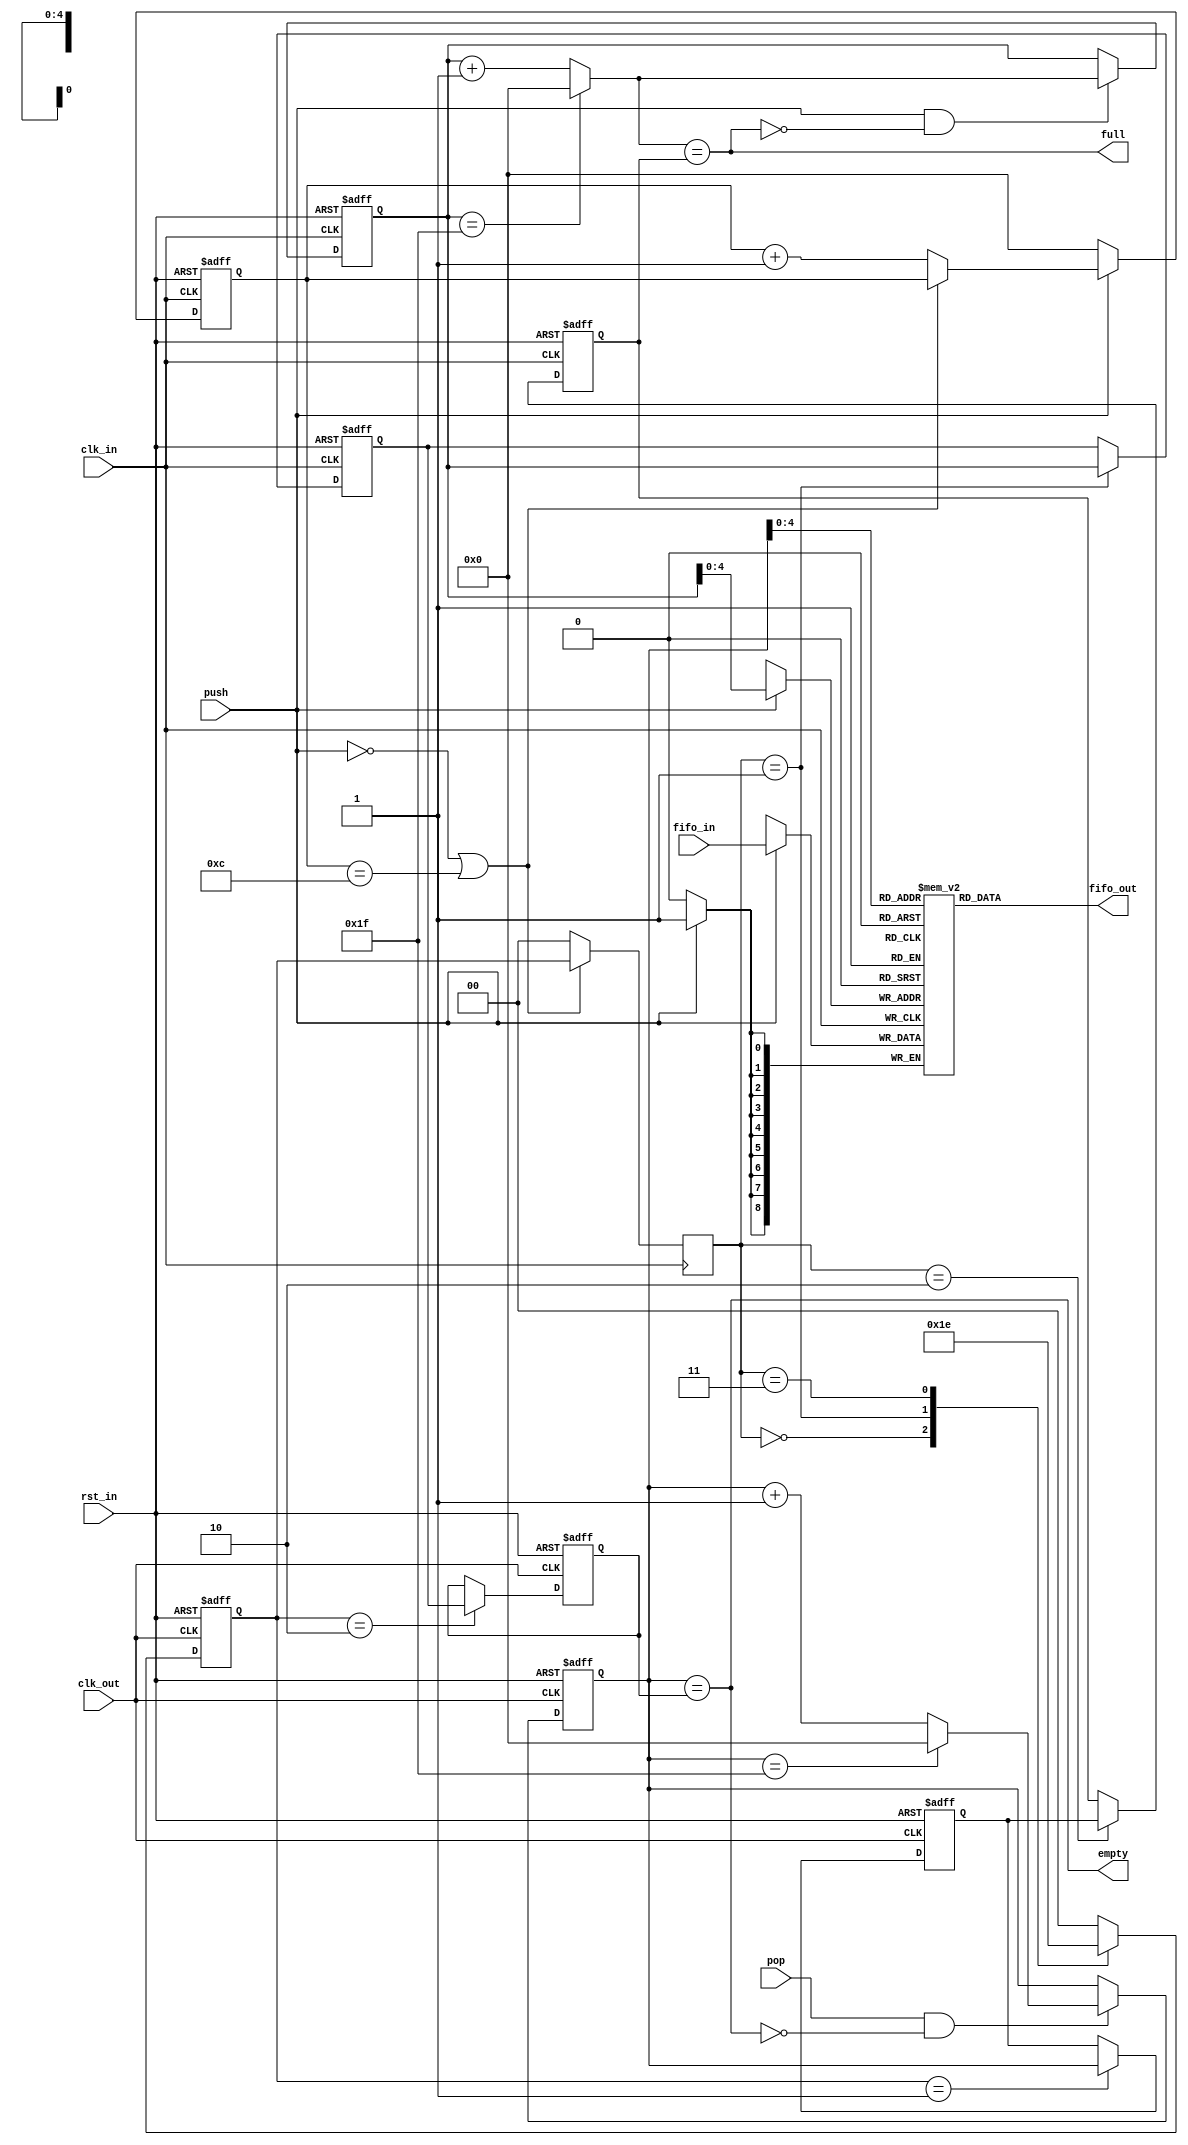
module sgmii_fifo
(
    input rst_in,
    input clk_in,
    input clk_out,

    input [8:0] fifo_in,
    input push,
    output full,

    output [8:0] fifo_out,
    input pop,
    output empty
);
    parameter DEPTH = 32; // max 64 (can hold DEPTH-1 before full)
    parameter TRIG_DEPTH = 12; // Hold sync until push stops or X in a row
    
    reg [5:0] trig_cnt;
    wire trig_en = (!push || (trig_cnt == TRIG_DEPTH));
    
    always @ (posedge clk_in or posedge rst_in)
        if (rst_in)
            trig_cnt <= 6'd0;
        else if (!push)
            trig_cnt <= 6'd0;
        else if (!trig_en)
            trig_cnt <= trig_cnt + 6'd1;
    
    reg [1:0] cross_in;
    reg [5:0] head_in;
    reg [5:0] head_snapshot;
    reg [5:0] tail_in;

    reg [1:0] cross_out;
    reg [5:0] head_out;
    reg [5:0] tail_out;
    reg [5:0] tail_snapshot;

    always @ (posedge clk_in)
        cross_in <= (trig_en) ? cross_out : 2'd0;

    always @ (posedge clk_out or posedge rst_in)
        if (rst_in)
            cross_out <= 2'b00;
        else
            case (cross_in)
            2'b00: cross_out <= 2'b01;
            2'b01: cross_out <= 2'b11;
            2'b11: cross_out <= 2'b10;
            default: cross_out <= 2'b00;
            endcase

    wire [5:0] head_in_next = (head_in == (DEPTH - 1)) ? 6'd0 : head_in + 6'd1;
    wire fifo_full = (head_in_next == tail_in);

    always @ (posedge clk_in or posedge rst_in)
        if (rst_in)
        begin
            head_in <= 6'd0;
            head_snapshot <= 6'd0;
            tail_in <= 6'd0;
        end
        else
        begin
            if (push && !fifo_full)
                head_in <= head_in_next;

            case (cross_in)
            2'b01: head_snapshot <= head_in;
            2'b10: tail_in <= tail_snapshot;
            endcase
        end

    wire [5:0] tail_out_next = (tail_out == (DEPTH - 1)) ? 6'd0 : tail_out + 6'd1;
    wire fifo_empty = (tail_out == head_out);

    always @ (posedge clk_out or posedge rst_in)
        if (rst_in)
        begin
            head_out <= 6'd0;
            tail_out <= 6'd0;
            tail_snapshot <= 6'd0;
        end
        else
        begin
            if (pop && !fifo_empty)
                tail_out <= tail_out_next;

            case (cross_out)
            2'b01: tail_snapshot <= tail_out;
            2'b10: head_out <= head_snapshot;
            endcase
        end

    reg [8:0] fifo[(DEPTH - 1):0];

    always @ (posedge clk_in)
        if (push)
            fifo[head_in] <= fifo_in[8:0];

    assign full = fifo_full;
    assign empty = fifo_empty;

    assign fifo_out = fifo[tail_out];

endmodule